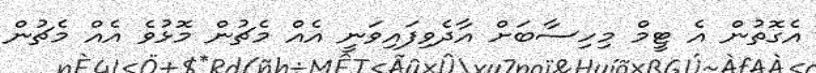
އެގޮތުން އެ ޓީމް މިހިސާބަށް އާދެވިފައިވަނީ އެއް މެޗުން މޮޅުވެ އެއް މެޗުން